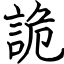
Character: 詭